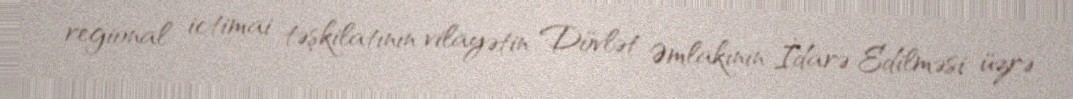
regional ictimai təşkilatının vilayətin Dövlət Əmlakının İdarə Edilməsi üzrə